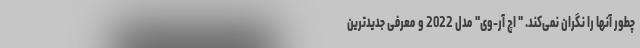
چطور آنها را نگران نمی‌کند. " اچ آر-وی" مدل 2022 و معرفی جدیدترین